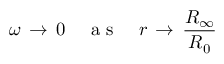
\omega \, \to \, 0 \ \ \ \mathrm { ~ a ~ s ~ } \ \ \ r \, \to \, \frac { R _ { \infty } } { R _ { 0 } }